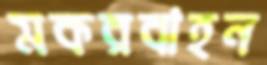
মকরবাহন